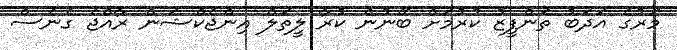
މަރުގެ އަދަބު ތަންފީޒު ކުރުމަށް ބޭނުން ކުރާ ލީތަލް އިންޖެކްޝަން ރާއްޖެ ގެނެސް